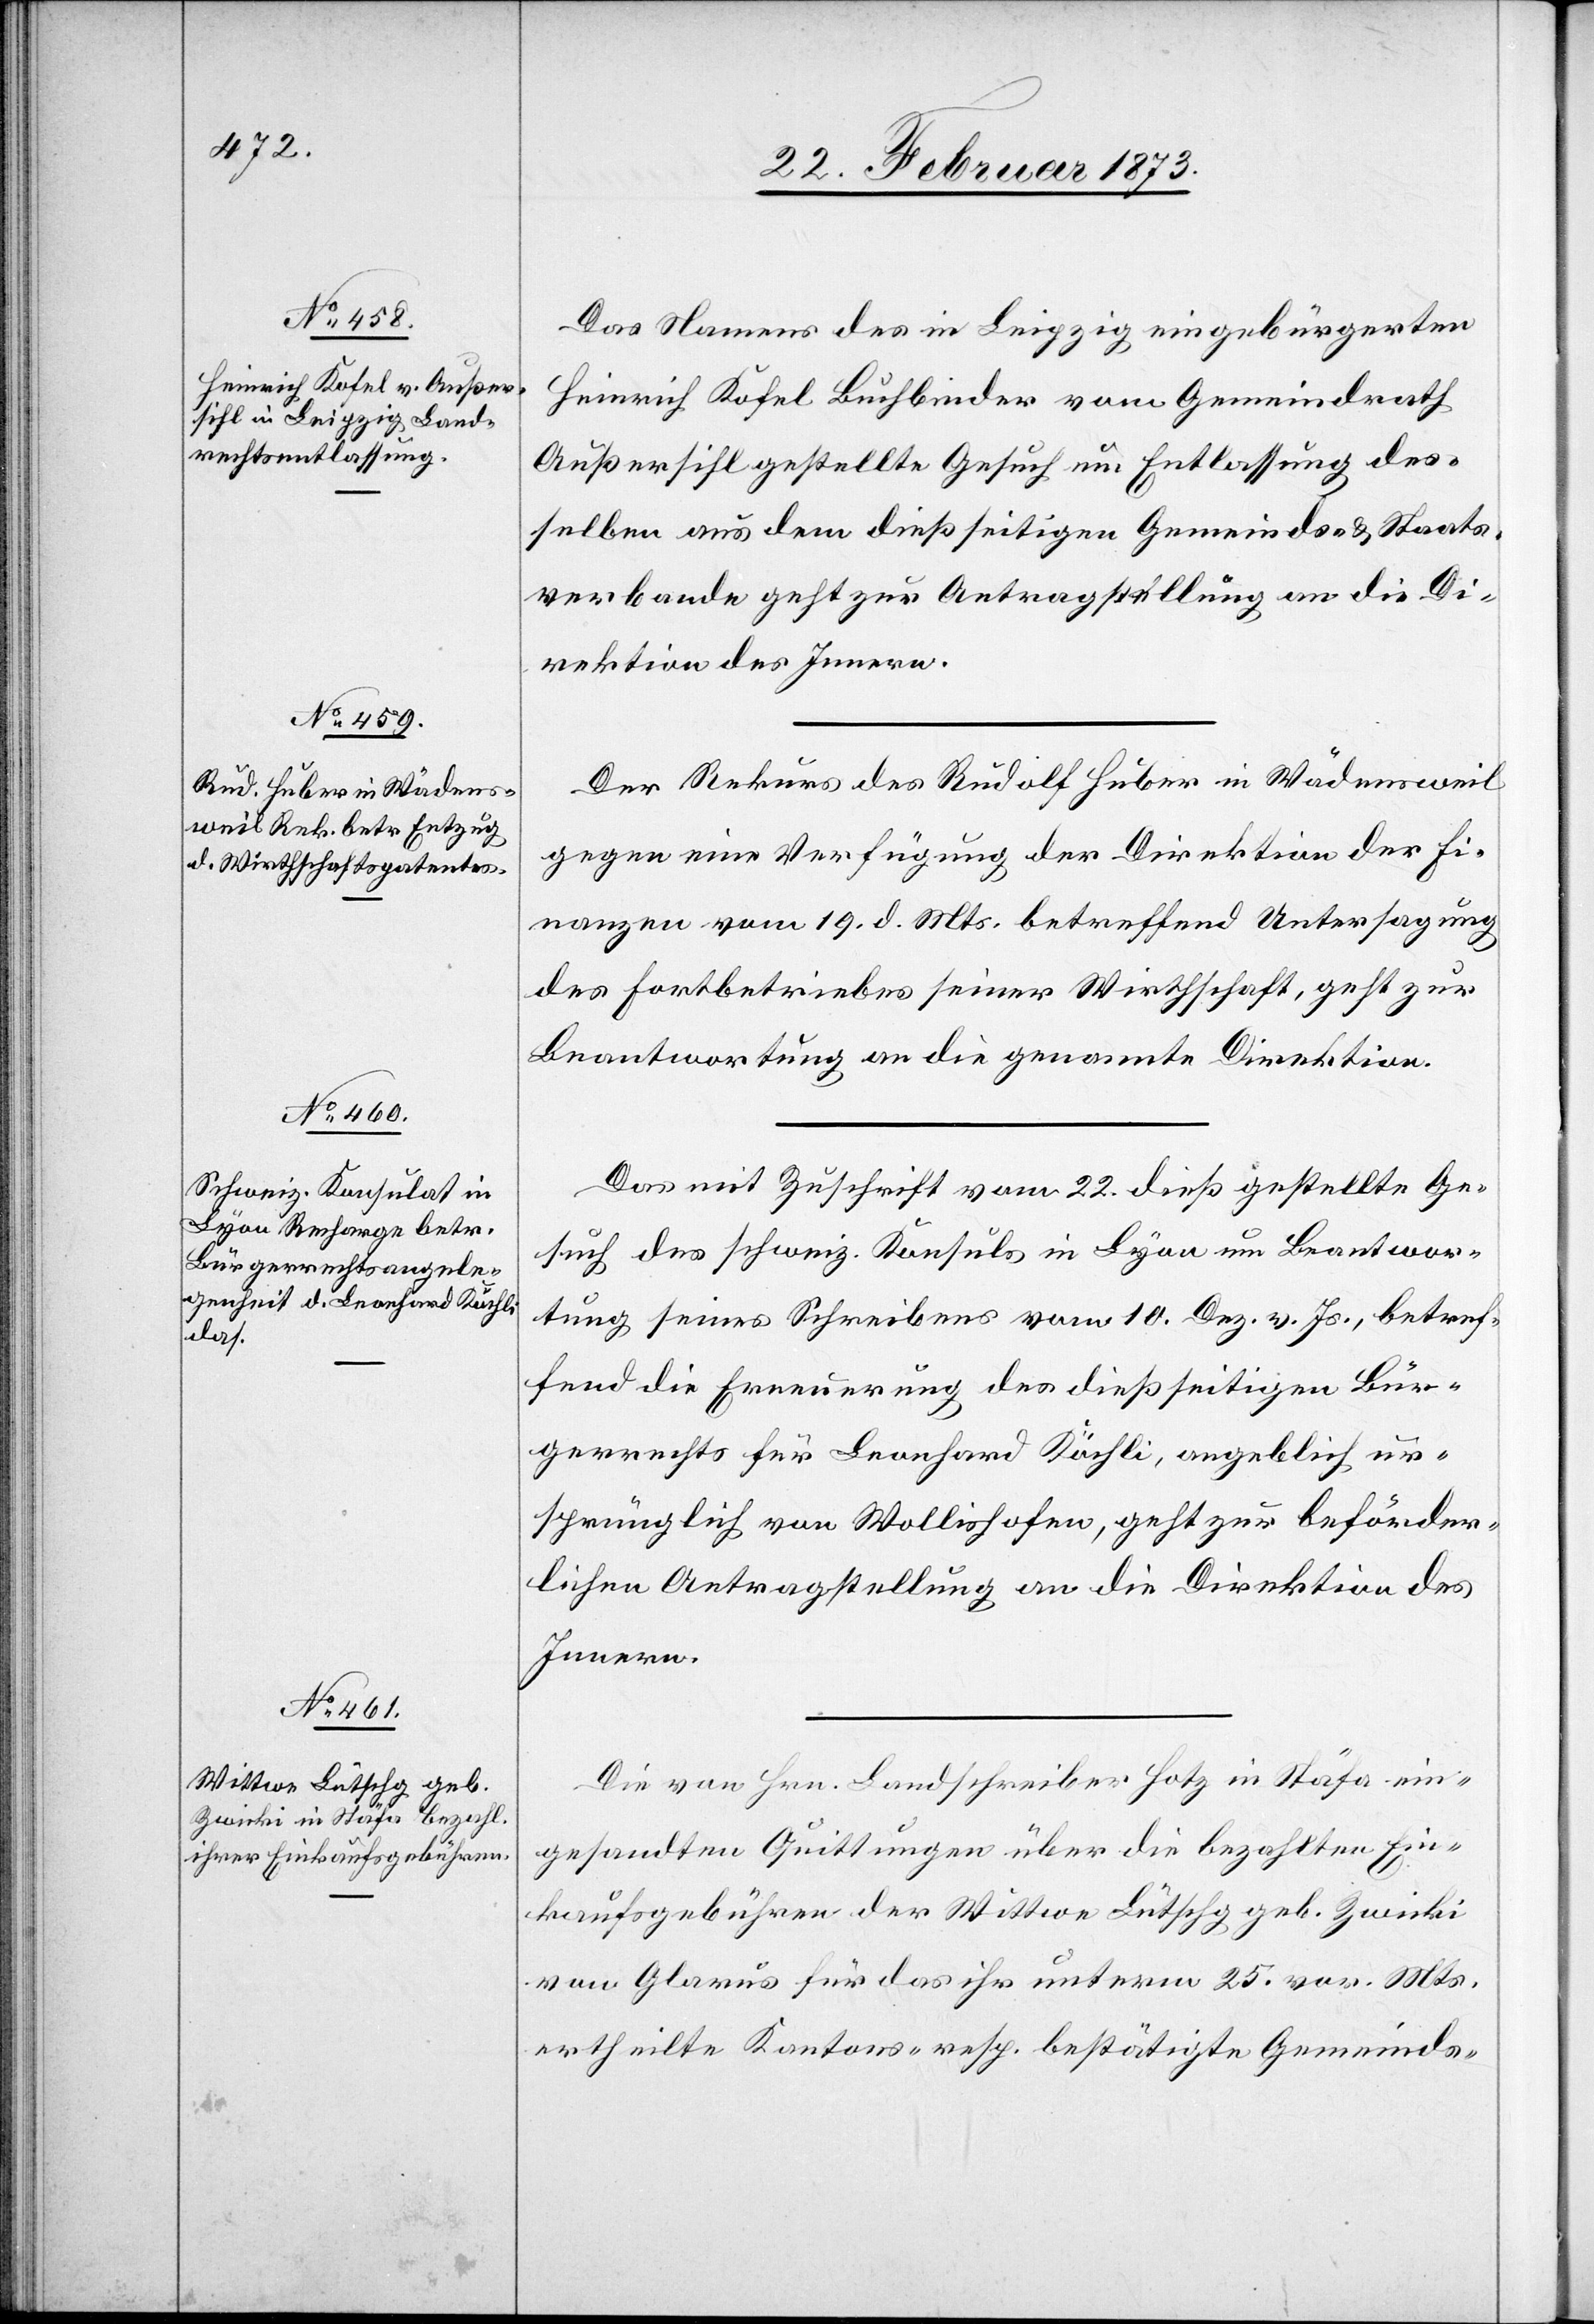
24. Februar 1873.]
Das Namens des in Leipzig eingebürgerten
Heinrich Kofel[,] Buchbinder[,] vom Gemeindrath
Außersihl gestellte Gesuch um Entlassung des¬
selben aus dem dießseitigen Gemeinds- u. Staats¬
verbande geht zur Antragstellung an die Di¬
rektion des Innern.
Der Rekurs des Rudolf Huber in Wädensweil
gegen eine Verfügung der Direktion der Fi¬
nanzen vom 19. d. Mts. betreffend Untersagung
des Fortbetriebes seiner Wirthschaft, geht zur
Beantwortung an die genannte Direktion.
Das mit Zuschrift vom 22. dieß gestellte Ge¬
such des schweiz. Konsuls in Lyon um Beantwor¬
tung seines Schreibens vom 10. Dez. v. Js., betref¬
fend die Erneuerung des dießseitigen Bür¬
gerrechts für Leonhard Röchli, angeblich ur¬
sprünglich von Wollishofen, geht zur beförder¬
lichen Antragstellung an die Direktion des
Innern.
Die von Hrn. Landschreiber Hotz in Stäfa ein¬
gesandten Quittungen über die bezahlten Ein¬
kaufsgebühren der Wittwe Lütschg geb. Zwicki
von Glarus für das ihr unterm 24. vor. Mts.
ertheilte Kantons- resp. bestätigte Gemeinds-